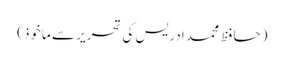
(حافظ محمد ادریس کی تحریر سے ماخوذ)